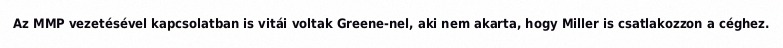
Az MMP vezetésével kapcsolatban is vitái voltak Greene-nel, aki nem akarta, hogy Miller is csatlakozzon a céghez.